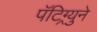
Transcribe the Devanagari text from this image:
पॅटिग्र्युने